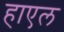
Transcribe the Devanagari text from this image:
हाएल